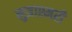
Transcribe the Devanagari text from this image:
मुत्राश्मरी